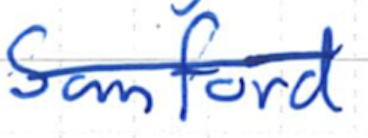
Text: Sanford
Cross-out: single-line
Writing tool: ballpoint